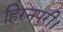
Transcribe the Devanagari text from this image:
हिरनपुरी।